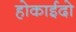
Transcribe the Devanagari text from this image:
होकाईदो